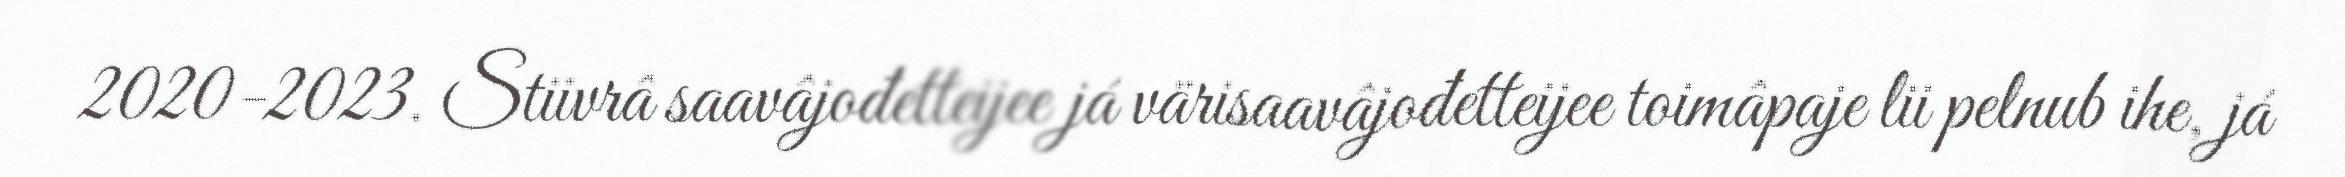
2020-2023. Stiivrâ saavâjođetteijee já värisaavâjođetteijee toimâpaje lii pelnub ihe, já